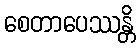
စေတာပေဿန္တိ